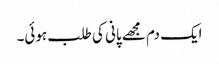
ایک دم مجھے پانی کی طلب ہوئی۔